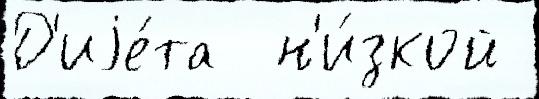
Д'иjе́та  н'и́зкой